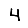
Digit: 4